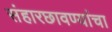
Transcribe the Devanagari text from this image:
संहारछावण्यांचा